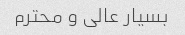
بسیار عالی و محترم